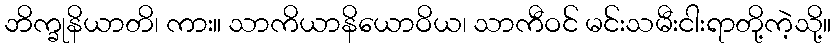
ဘိက္ခုနိယာတိ၊ ကား။ သာကိယာနိယောဝိယ၊ သာကီဝင် မင်းသမီးငါးရာတို့ကဲ့သို့။